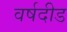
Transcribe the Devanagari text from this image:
वर्षदीड